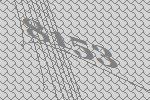
8153